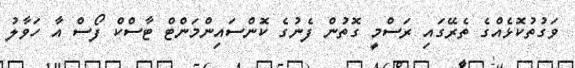
ވަގުތުކޮޅެއްގެ ތެރޭގައި ރަސްމީ ގޮތުން ފެނުގެ ކޮންސައިންމަންޓް ޓާސްކް ފޯސް އާ ހަވާލު